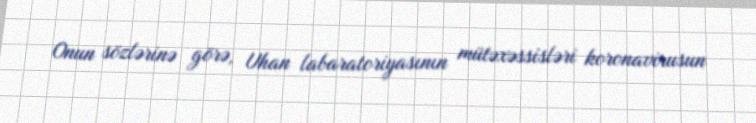
Onun sözlərinə görə, Uhan labaratoriyasının mütəxəssisləri koronavirusun